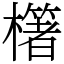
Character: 櫡